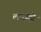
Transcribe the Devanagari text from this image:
लाछड़ी